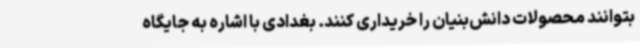
بتوانند محصولات دانش‌بنیان را خریداری کنند. بغدادی با اشاره به جایگاه